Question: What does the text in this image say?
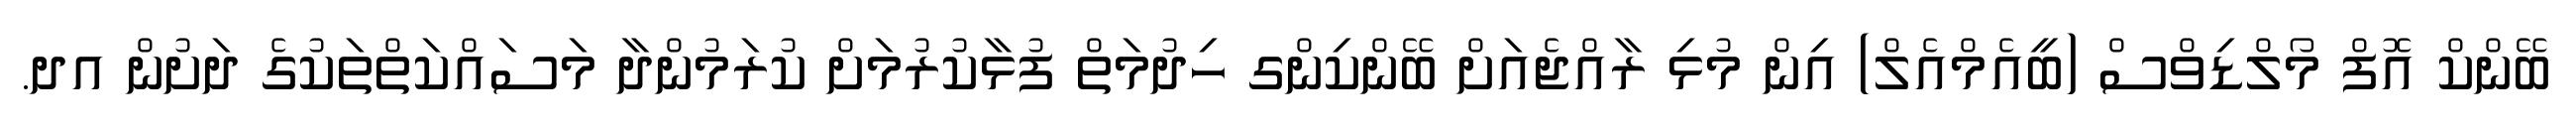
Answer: ބޭންކް އޮފް މޯލްޑިވްސް (ބީއެމްއެލް) އިން މުޅި ރާއްޖެއަށް ބޭންކިންގ ހިދުމަތް ފުޅާކުރުމަށް ކުރަމުންދާ މަސައްކަތްތަކުގެ ދަށުން އދ.